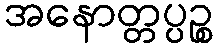
အနောတ္တပ္ပဉ္စ